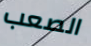
الصعب